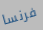
فرنسا